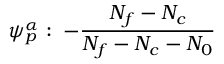
\psi _ { p } ^ { \alpha } : \; - \frac { N _ { f } - N _ { c } } { N _ { f } - N _ { c } - N _ { 0 } }